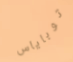
توباياس